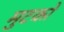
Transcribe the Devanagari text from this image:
मुटको